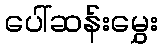
ပေါ်ဆန်းမွှေး